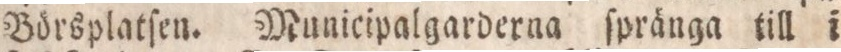
Börsplatſen. Municipalgarderna ſpränga till i